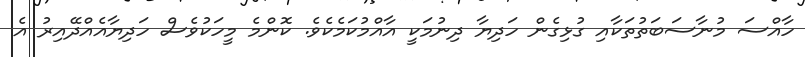
ހާއްސަ މުނާސަބަތުތަކާއި ގުޅިގެން ހަދިޔާ ދިނުމަކީ އާއްމުކަމެކެވެ. ކޮންމެ މީހަކުވެސް ހަދިޔާއެއްދޭއިރު އެ